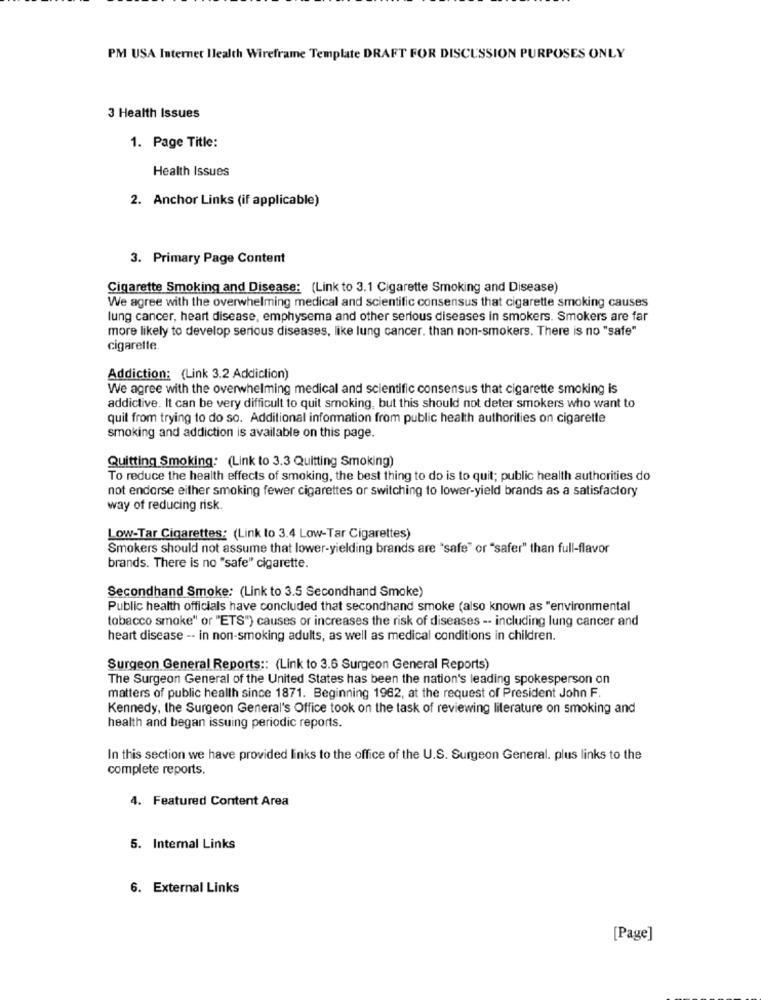
PM USA Internet Ilealth Wireframe Template DRAFT FOR DISCUSSION PURPOSES ONLY
3 Health Issues
1. Page Title:
Health Issues
2. Anchor Links (if applicable)
3. Primary Page Content
Cigarette Smoking and Disease: (Link to 3.1 Cigarette Smoking and Disease)
We agree with the overwhelming medical and scientific consensus that cigarette smoking causes
lung cancer, heart disease, emphysema and other serious diseases in smokers. Smokers are far
more likely to develop serious diseases, like lung cancer. than non-smokers. There is no "safe"
cigarette.
Addiction: (Link 3.2 Addiction)
We agree with the overwhelming medical and scientific consensus that cigarette smoking is
addictive. It can be very difficult to quit smoking, but this should not deter smokers who want to
quit from trying to do so. Additional information from public health authorities on cigarette
smoking and addiction is available on this page.
Quitting Smoking: (Link to 3.3 Quitting Smoking)
To reduce the health effects of smoking, the best thing to do is to quit; public health authorities do
not endorse either smoking fewer cigarettes or switching to lower-yield brands as a satisfactory
way of reducing risk.
Low-Tar Cigarettes: (Link to 3.4 Low-Tar Cigarettes)
Smokers should not assume that lower-yielding brands are "safe" or "safer" than full-flavor
brands. There is no "safe" cigarette.
Secondhand Smoke: (Link to 3.5 Secondhand Smoke)
Public health officials have concluded that secondhand smoke (also known as "environmental
tobacco smoke" or "ETS") causes or increases the risk of diseases -- including lung cancer and
heart disease -- in non-smoking adults, as well as medical conditions in children.
Surgeon General Reports :: (Link to 3.6 Surgeon General Reports)
The Surgeon General of the United States has been the nation's leading spokesperson on
matters of public health since 1871. Beginning 1962, at the request of President John F.
Kennedy, the Surgeon General's Office took on the task of reviewing literature on smoking and
health and began issuing periodic reports.
In this section we have provided links to the office of the U.S. Surgeon General. plus links to the
complete reports.
4. Featured Content Area
5. Internal Links
6. External Links
[Page]